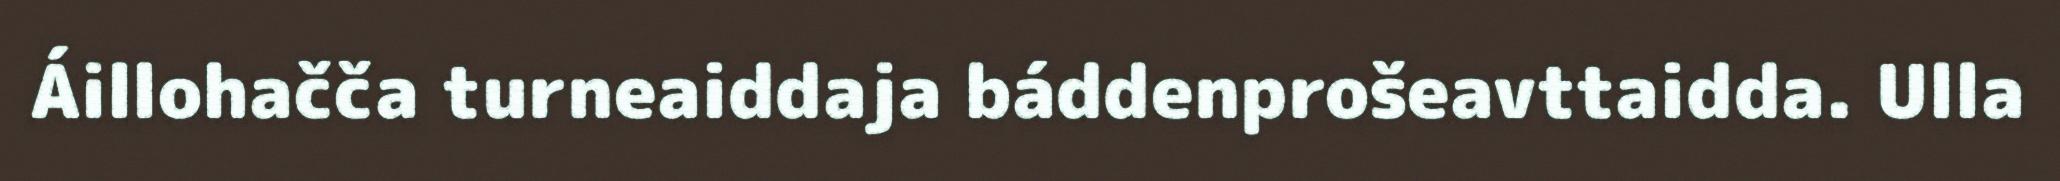
Áillohačča turneaiddaja báddenprošeavttaidda. Ulla